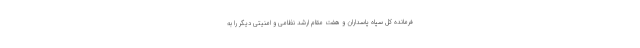
فرمانده کل سپاه پاسداران و هفت مقام ارشد نظامی و امنیتی دیگر را به